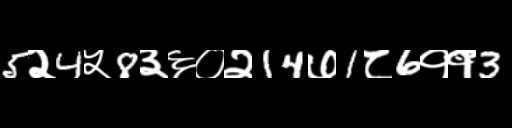
Text: 5२4५8३६०२14७1८6११3